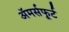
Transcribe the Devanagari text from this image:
अॅमर्सफूर्ट